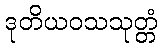
ဒုတိယဝသသုတ္တံ